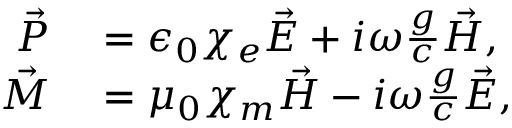
\begin{array} { r l } { \vec { P } } & { { } = \epsilon _ { 0 } \chi _ { e } \vec { E } + i \omega \frac { g } { c } \vec { H } , } \\ { \vec { M } } & { { } = \mu _ { 0 } \chi _ { m } \vec { H } - i \omega \frac { g } { c } \vec { E } , } \end{array}